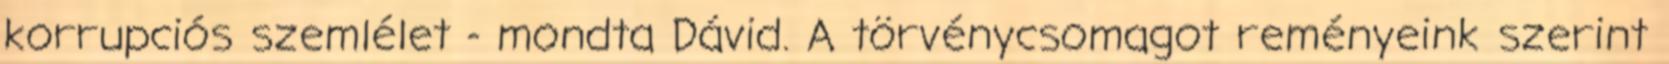
korrupciós szemlélet - mondta Dávid. A törvénycsomagot reményeink szerint